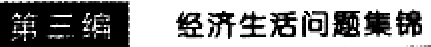
第三编 经济生活问题集锦